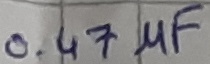
Text: 0.47µF